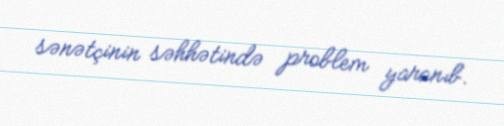
sənətçinin səhhətində problem yaranıb.